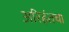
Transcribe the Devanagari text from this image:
अरिहंतचा